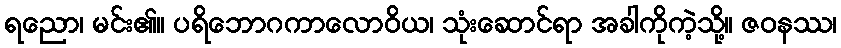
ရညော၊ မင်း၏။ ပရိဘောဂကာလောဝိယ၊ သုံးဆောင်ရာ အခါကိုကဲ့သို့။ ဇဝနဿ၊